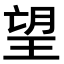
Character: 望